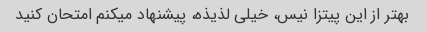
بهتر از این پیتزا نیس، خیلی لذیذه، پیشنهاد میکنم امتحان کنید